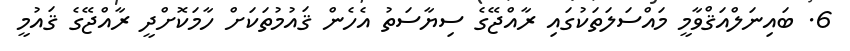
6. ބައިނަލްއަޤްވާމީ މައްސަލަތަކުގައި ރާއްޖޭގެ ސިޔާސަތު އެހެން ޤައުމުތަކަށް ހާމަކޮށްދީ ރާއްޖޭގެ ޤައުމީ